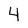
Character: 4